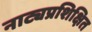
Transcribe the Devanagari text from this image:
नाट्यप्रशिक्षित